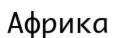
Африка